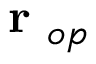
\mathrm { ~ \bf ~ r ~ } _ { o p }